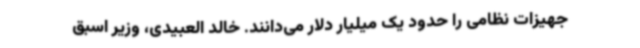
جهیزات نظامی را حدود یک میلیار دلار می‌دانند. خالد العبیدی، وزیر اسبق